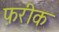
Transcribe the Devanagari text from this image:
फ़रीक